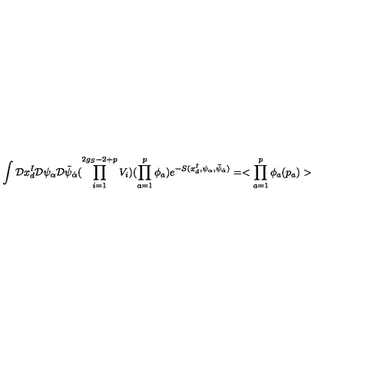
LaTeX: \int { \cal D } x _ { d } ^ { I } { \cal D } \psi _ { \alpha } { \cal D } \bar { \psi } _ { \dot { \alpha } } ( \prod _ { i = 1 } ^ { 2 g _ { S } - 2 + p } V _ { i } ) ( \prod _ { a = 1 } ^ { p } \phi _ { a } ) e ^ { - S ( x _ { d } ^ { I } , \psi _ { \alpha } , \bar { \psi } _ { \dot { \alpha } } ) } = < \prod _ { a = 1 } ^ { p } \phi _ { a } ( p _ { a } ) >